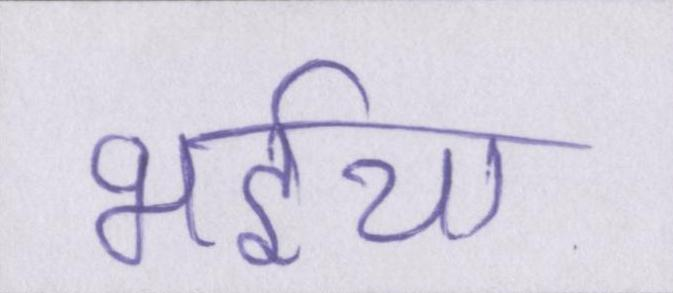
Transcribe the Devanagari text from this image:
भईया